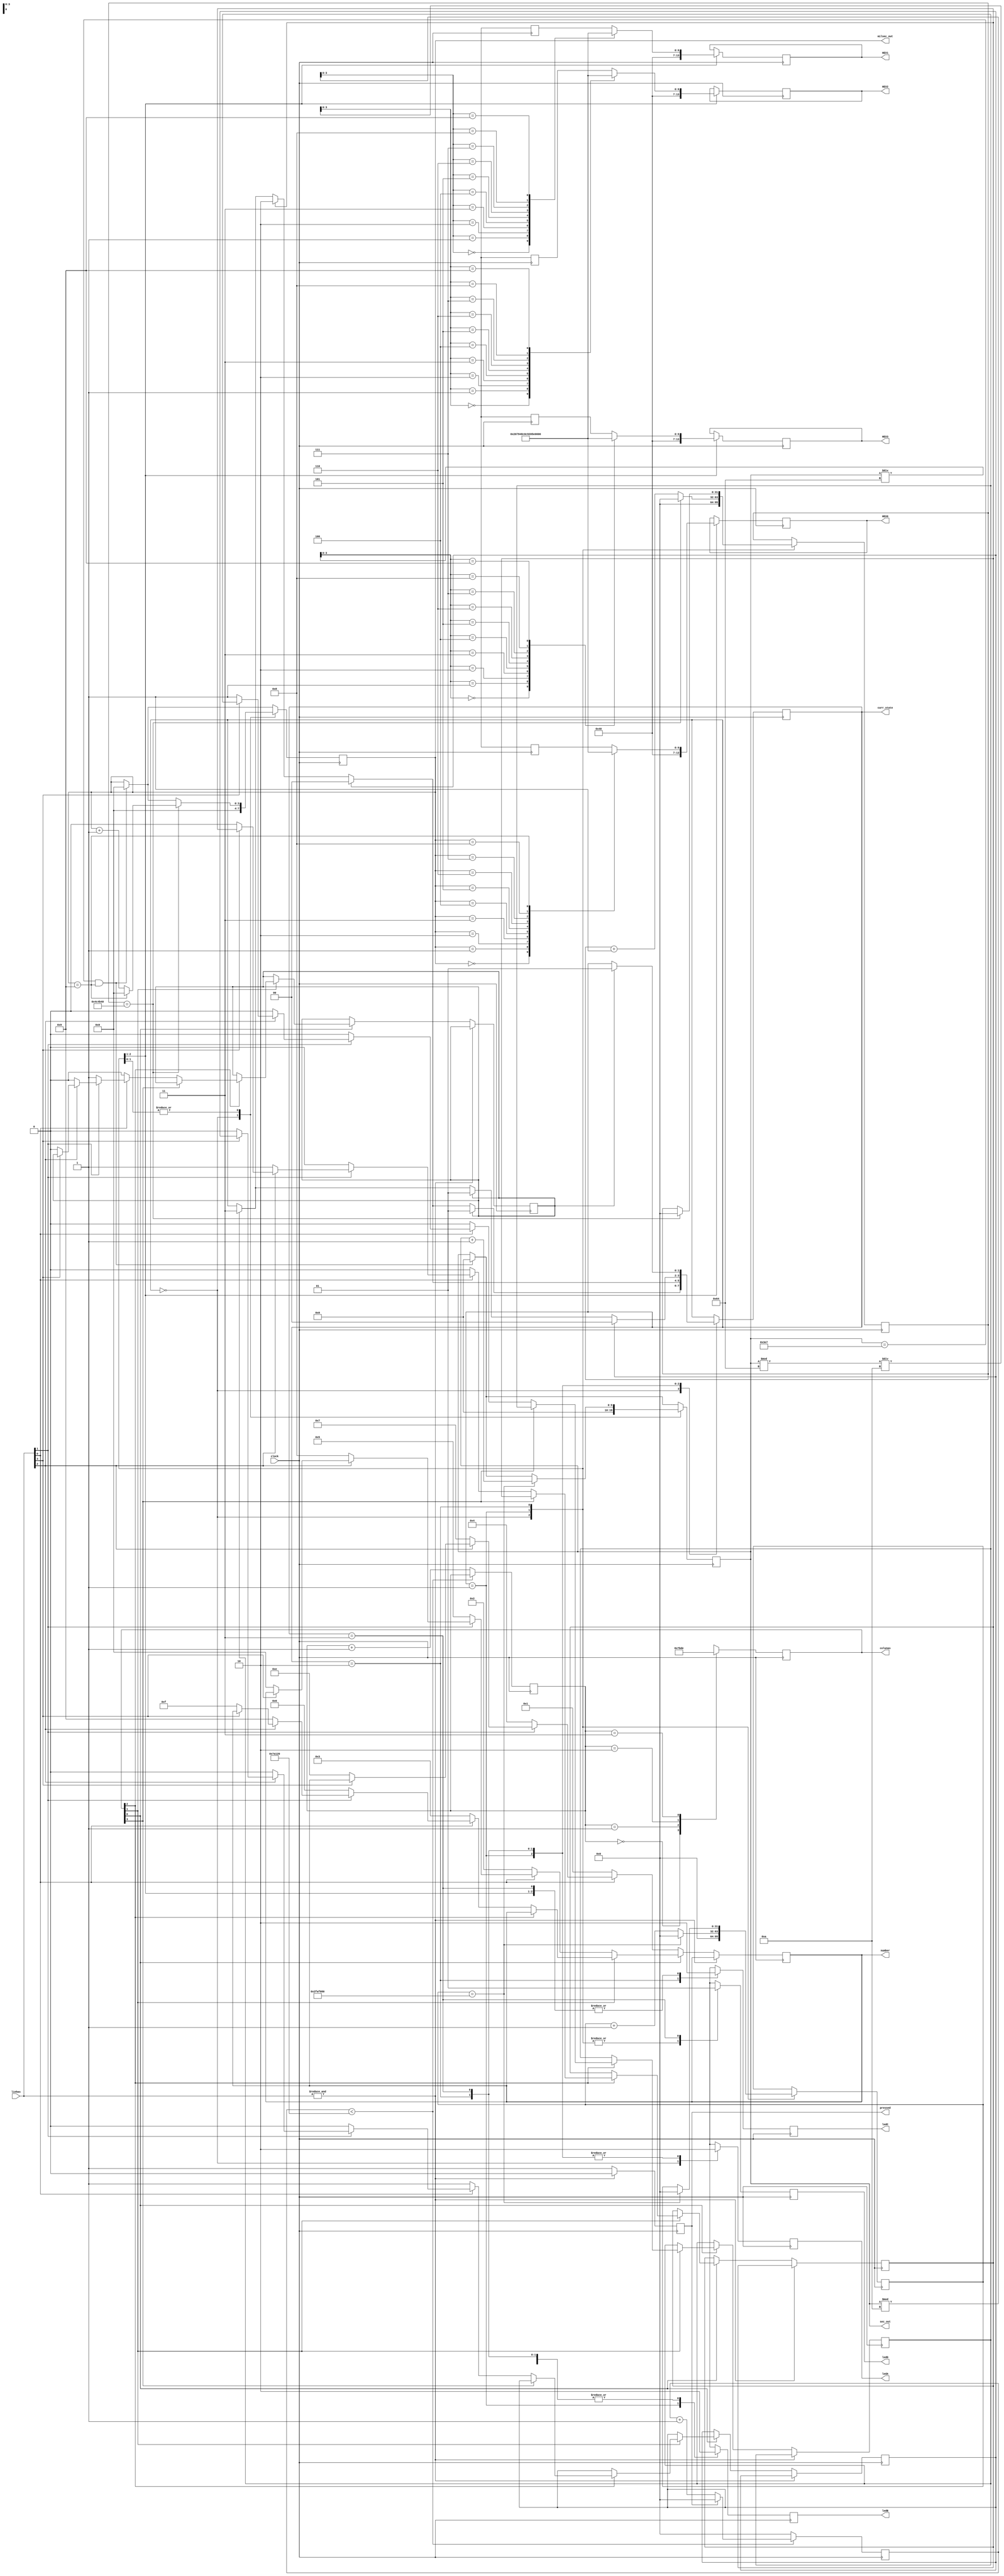
module projeto (sec_out, milsec_out, curr_state, clock, HEX3, HEX2, HEX1, HEX0,
					 colunas, linhas, number, pressed, ledA, ledB, ledC, ledD);

//segundos e decisegundos					 
output reg[9:0] sec_out;
output reg[3:0] milsec_out;

//ajuste de clock
reg[31:0] pulsos;
reg[31:0] pulsos_aux;

//estado atual
output reg[1:0] curr_state;

//display de 7 segmentos
output reg[6:0] HEX3;
output reg[6:0] HEX2;
output reg[6:0] HEX1;
output reg[6:0] HEX0;

//keypad
output reg [3:0] colunas;
input [3:0] linhas;
output reg [3:0] number;
output reg pressed;

reg [31:0] counter = 0;
parameter cycle = 500000;
reg [1:0] state = 0;

//flags
reg A;
reg B;
reg C;
reg D;

output reg ledA;
output reg ledB;
output reg ledC;
output reg ledD;


input clock;

parameter reset = 0, contar = 1, pausar = 2, parar = 3;

function [6:0] HEX (input [3:0] n); begin
	case(n)
		4'b0000: HEX=7'b1000000;
		4'b0001: HEX=7'b1111001;
		4'b0010: HEX=7'b0100100;
		4'b0011: HEX=7'b0110000;
		4'b0100: HEX=7'b0011001;
		4'b0101: HEX=7'b0010010;
		4'b0110: HEX=7'b0000010;
		4'b0111: HEX=7'b1111000;
		4'b1000: HEX=7'b0000000;
		4'b1001: HEX=7'b0011000;
	endcase
end
endfunction

always @(posedge clock) begin
	//quando atinge 999.9s
	if (sec_out == 999 && milsec_out == 9) begin
		sec_out <= 0;
		milsec_out <= 0;
	end
	
	case (curr_state)
		
		reset: begin
			sec_out <= 0; milsec_out <= 0; pulsos <= 0; pulsos_aux <= 0;
			
			HEX3 <= HEX(4'b0000);
			HEX2 <= HEX(4'b0000);
			HEX1 <= HEX(4'b0000);
			HEX0 <= HEX(4'b0000);
			
			ledA <= 1;
			ledB <= 0;
			ledC <= 0;
			ledD <= 0;
		end
		
		contar: begin
			pulsos <= pulsos + 1;
			pulsos_aux <= pulsos_aux + 1;
			
			//display de 7 segmentos
			HEX3 <= HEX(sec_out / 100);
			HEX2 <= HEX(((sec_out % 100)/10));
			HEX1 <= HEX(sec_out % 10);
			HEX0 <= HEX(milsec_out);
			
			//contagem
			if(pulsos_aux == 5000000)begin
				pulsos_aux <= 0;
				if(milsec_out == 9) begin
					milsec_out <= 0;
				end else milsec_out <= milsec_out + 1'b1;
			end
			
			if(pulsos == 50000000) begin
				sec_out <= sec_out + 1'b1;
				pulsos <= 0;
			end
			
			//auxiliares para checar maquina de estado
			ledA <= 0;
			ledB <= 1;
			ledC <= 0;
			ledD <= 0;
		end
		
		pausar: begin
		
		//contagem
		if(pulsos_aux == 5000000)begin
				pulsos_aux <= 0;
				if(milsec_out == 9) begin
					milsec_out <= 0;
				end else milsec_out <= milsec_out + 1'b1;
		end
			
		if(pulsos == 50000000) begin
			sec_out <= sec_out + 1'b1;
			pulsos <= 0;
		end
		
		//auxiliares para checar maquina de estado
		ledA <= 0;
		ledB <= 0;
		ledC <= 1;
		ledD <= 0;
		end
		
		parar: begin
		
			
		//auxiliares para checar maquina de estado
			ledA <= 0;
			ledB <= 0;
			ledC <= 0;
			ledD <= 1;
		end
	
	endcase
	
end

always @ (posedge clock) begin

	
	case (curr_state)
		reset: begin
			if (B == 1) begin
				curr_state <= contar;
			end else if (A == 1) begin
				curr_state <= reset;
			end else if (C == 1) begin
				curr_state <= pausar;
			end else if (D == 1) curr_state <= parar;
			
		end
		
		contar: begin
			if (A == 1) begin
				curr_state <= reset;
			end else if (C == 1) begin
				curr_state <= pausar;
			end else if (D == 1) begin
				curr_state <= parar;
			end
		end
		
		pausar: begin
			if (A == 1) begin
				curr_state <= reset;
			end else if (B == 1) begin
				curr_state <= contar;
			end else if (D == 1) begin
				curr_state <= parar;
			end
		end
			
		parar: begin
			if (B == 1) begin
				curr_state <= contar;
			end
		end
	endcase

end

always @ (posedge clock) begin
	if (counter < cycle) begin 
		if (~pressed) counter <= counter + 1;
		else begin
			counter <= 0;
		end
	end
	else begin
		counter <= 0;
		state <= state + 1;
	end
	
	case (state) 
		0: colunas <= 4'b0111;
		1: colunas <= 4'b1011;
		2: colunas <= 4'b1101;
		3: colunas <= 4'b1110;
	endcase
end

always @ (posedge clock) begin
	if (~&linhas) begin
		pressed <= 1;
		
		if (~colunas[0]) begin
			if (~linhas[0]) number <= 4'd1;
			else if (~linhas[1]) number <= 4'd4;
			else if (~linhas[2]) number <= 4'd7;
			else if (~linhas[3]) number <= 4'd14;
		end
		else if (~colunas[1]) begin
			if (~linhas[0]) number <= 4'd2;
			else if (~linhas[1]) number <= 4'd5;
			else if (~linhas[2]) number <= 4'd8;
			else if (~linhas[3]) number <= 4'd0;
		end
		else if (~colunas[2]) begin
			if (~linhas[0]) number <= 4'd3;
			else if (~linhas[1]) number <= 4'd6;
			else if (~linhas[2]) number <= 4'd9;
			else if (~linhas[3]) number <= 4'd15;
		end
		else if (~colunas[3]) begin
			if (~linhas[0]) begin
				A <= 1;
				B <= 0;
				C <= 0;
				D <= 0;
			end else if (~linhas[1]) begin
				A <= 0;
				B <= 1;
				C <= 0;
				D <= 0;
			end else if (~linhas[2]) begin
				A <= 0;
				B <= 0;
				C <= 1;
				D <= 0;
			end else if (~linhas[3]) begin
				A <= 0;
				B <= 0;
				C <= 0;
				D <= 1;
			end
		end
	end
	else begin
		pressed <= 0;
	end
end

endmodule